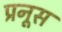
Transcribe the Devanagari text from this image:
प्रनूस